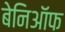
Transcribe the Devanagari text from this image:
बेनिऑफ